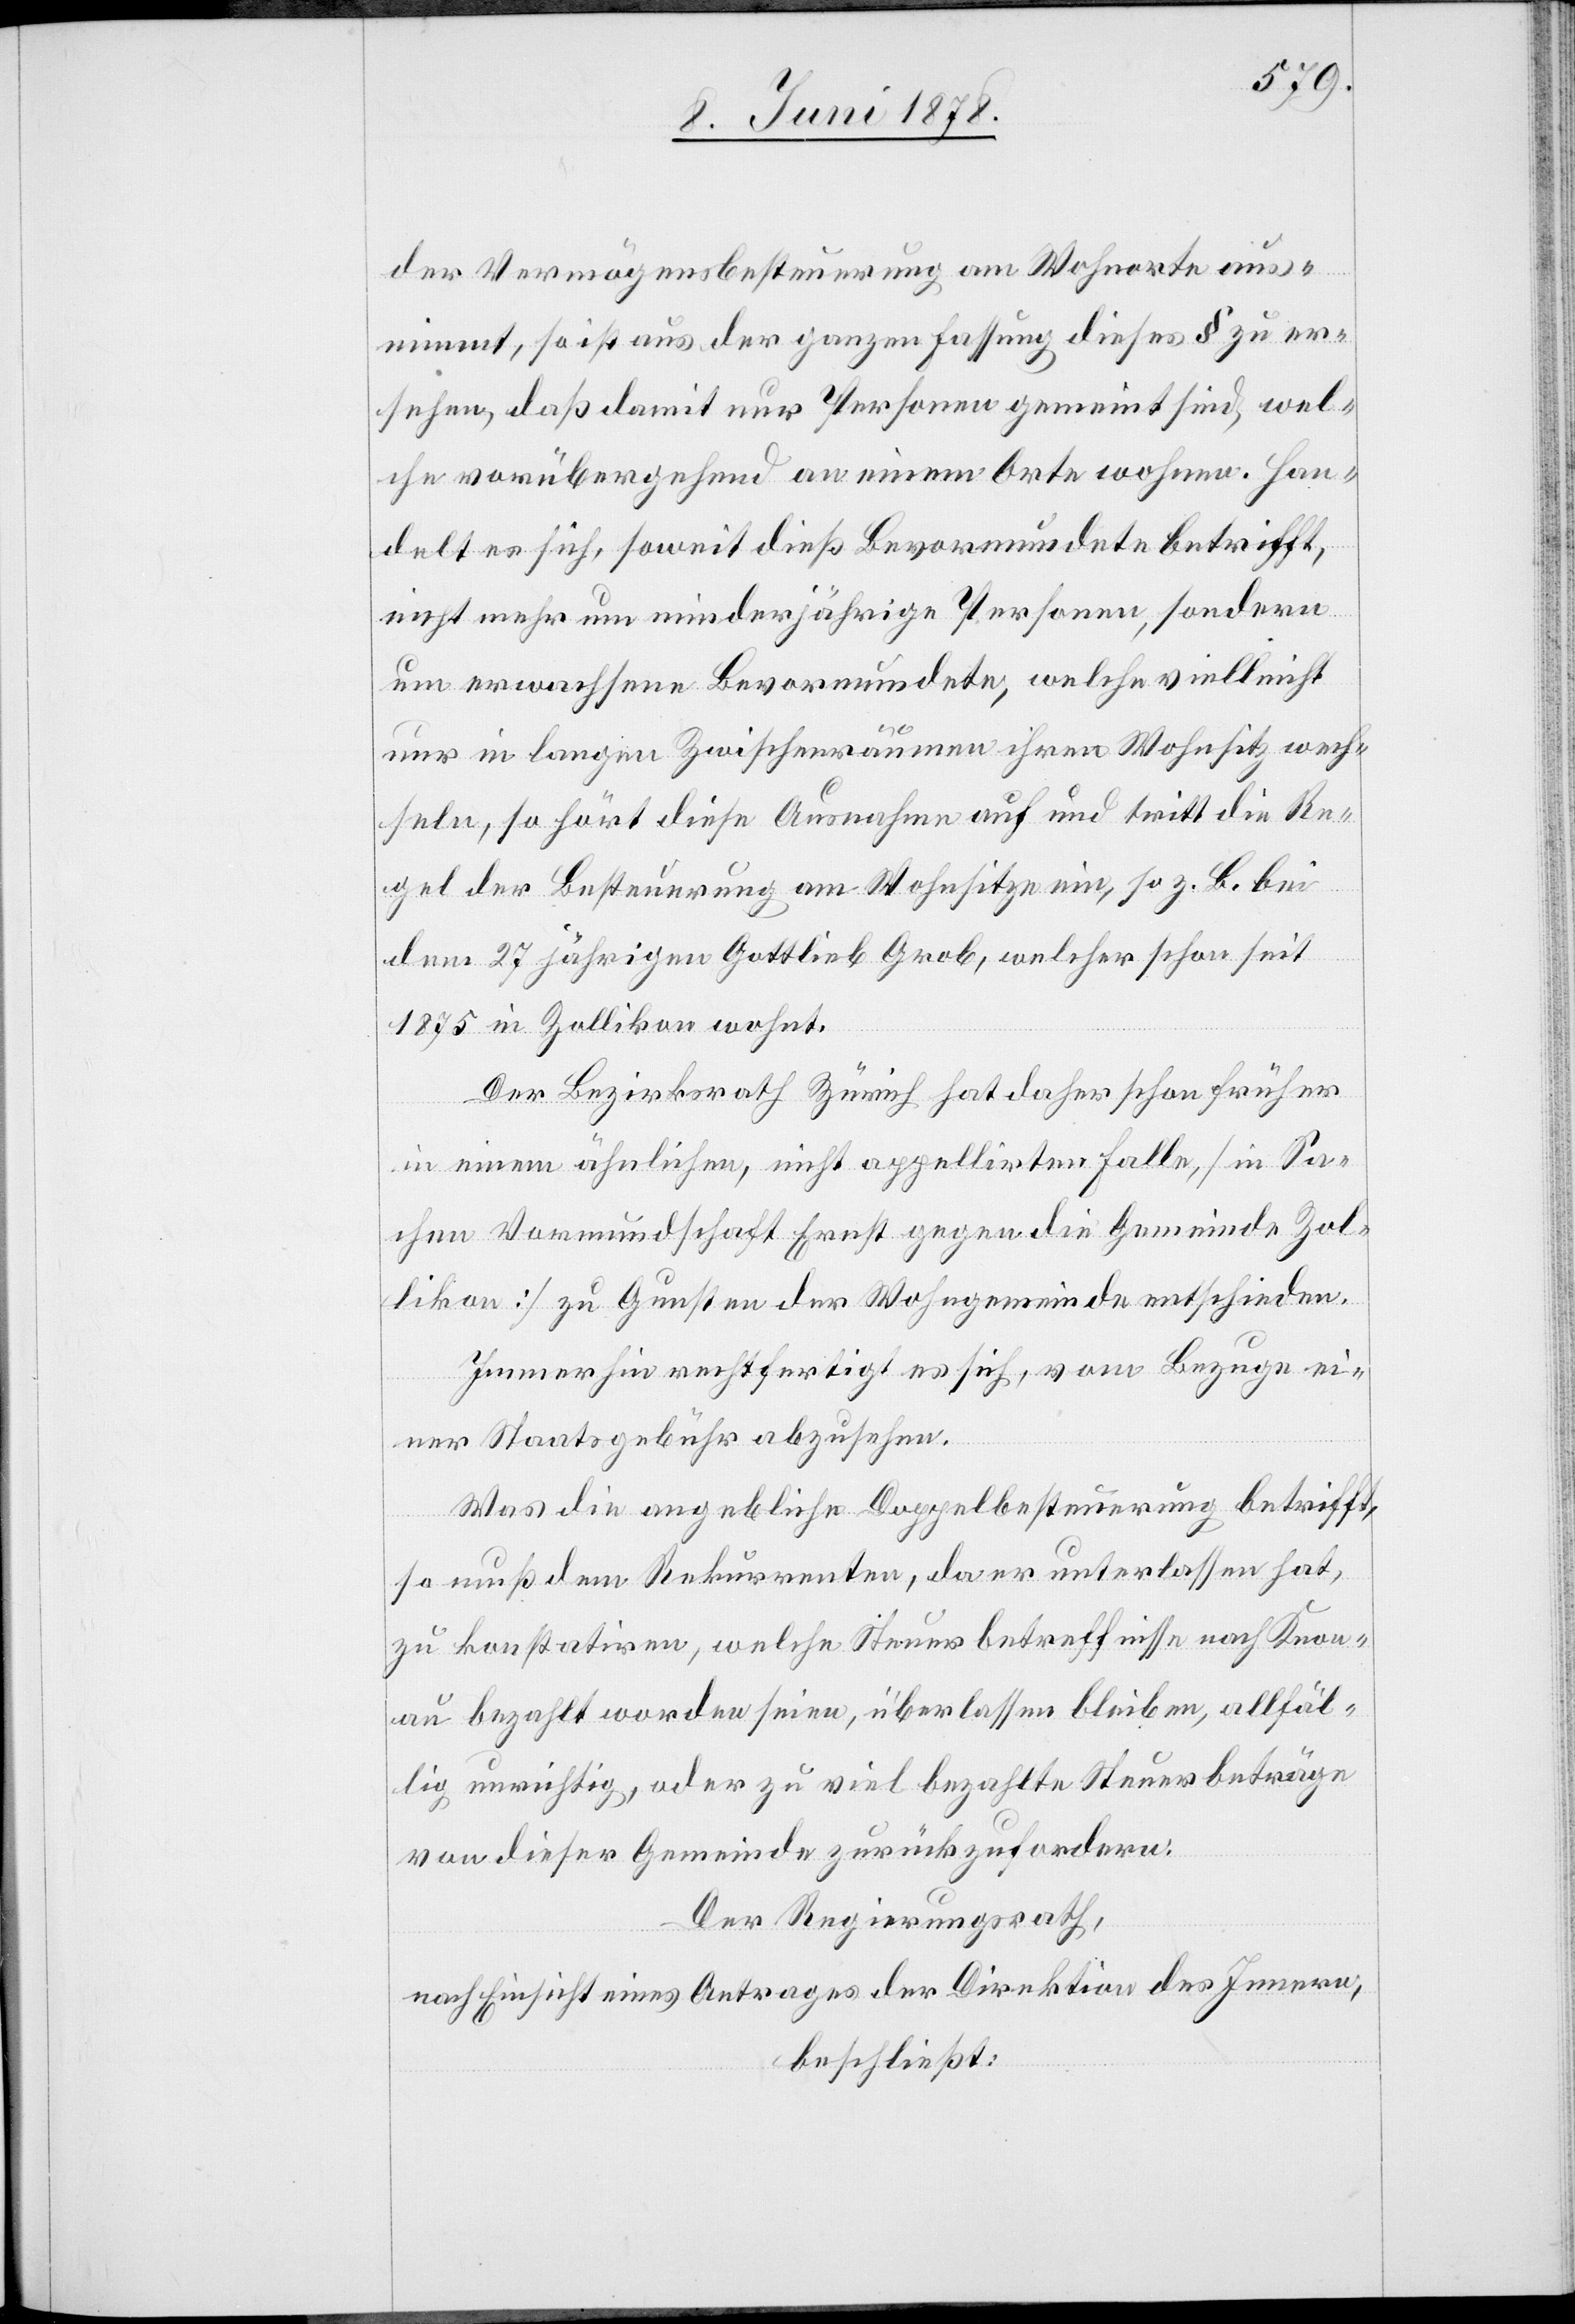
der Vermögensbesteuerung am Wohnorte ausn¬
immt, so ist aus der ganzen Fassung dieses § zu er¬
sehen, daß damit nur Personen gemeint sind, wel¬
che vorübergehend an einem Orte wohnen. Han¬
delt es sich, soweit dieß Bevormundete betrifft,
nicht mehr um minderjährige Personen, sondern
um erwachsene Bevormundete, welche vielleicht
nur in langen Zwischenräumen ihren Wohnsitz wech¬
seln, so hört diese Ausnahme auf und tritt die Re¬
gel der Besteuerung am Wohnsitze ein, so z. B. bei
dem 27 jährigen Gottlieb Grob, welcher schon seit
1875 in Zollikon wohnt.
Der Bezirksrath Zürich hat daher schon früher
in einem ähnlichen, nicht appellirten Falle [in Sa¬
chen Vormundschaft Ernst gegen die Gemeinde Zol¬
likon] zu Gunsten der Wohngemeinde entschieden.
Immerhin rechtfertigt es sich, vom Bezuge ei¬
ner Staatsgebühr abzusehen.
Was die angebliche Doppelbesteuerung betrifft,
so muß dem Rekurrenten, da er unterlassen hat,
zu konstatiren, welche Steuerbetreffnisse nach Knon¬
au bezahlt worden seien, überlassen bleiben, allfäl¬
lig unrichtig, oder zu viel bezahlte Steuerbeträge
von dieser Gemeinde zurückzufordern.
Der Regierungsrath,
nach Einsicht eines Antrages der Direktion des Innern,
beschließt: